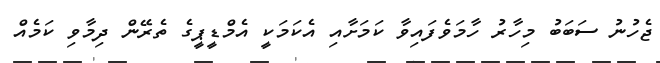
ޖެހުނު ސަބަބު މިހާރު ހާމަވެފައިވާ ކަމަށާއި އެކަމަކީ އެމްޑީޕީގެ ތެރޭން ދިމާވި ކަމެއް